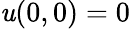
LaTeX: \mathit{u}(0,0)=0